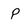
Character: p